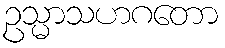
ဥသ္မာသဟဂတော